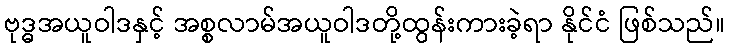
ဗုဒ္ဓအယူဝါဒနှင့် အစ္စလာမ်အယူဝါဒတို့ထွန်းကားခဲ့ရာ နိုင်ငံ ဖြစ်သည်။